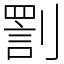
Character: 𠟟